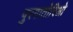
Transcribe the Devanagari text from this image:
पुरगातोरिओ